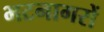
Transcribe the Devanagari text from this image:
भटनागरों